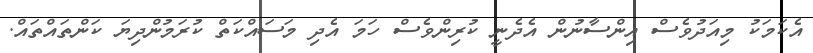
އެކަމަކު މިއަދުވެސް އިންސާނުން އެދެނީ ކުރިންވެސް ހަމަ އެދި މަސައްކަތް ކުރަމުންދިޔަ ކަންތައްތައް.